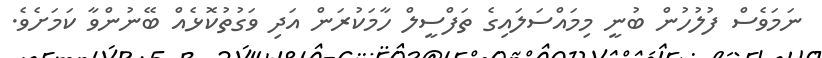
ނަމަވެސް ފުލުހުން ބުނީ މިމައްސަލައިގެ ތަފްސީލް ހާމަކުރަން އަދި ވަގުތުކޮޅެއް ބޭނުންވާ ކަމަށެވެ.